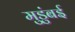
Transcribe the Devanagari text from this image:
मुडुंबई